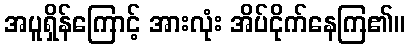
အပူရှိန်ကြောင့် အားလုံး အိပ်ငိုက်နေကြ၏။